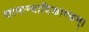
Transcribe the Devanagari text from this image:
सामान्यादिकाण्डम्।